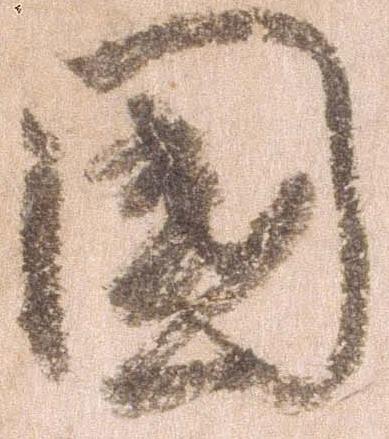
国